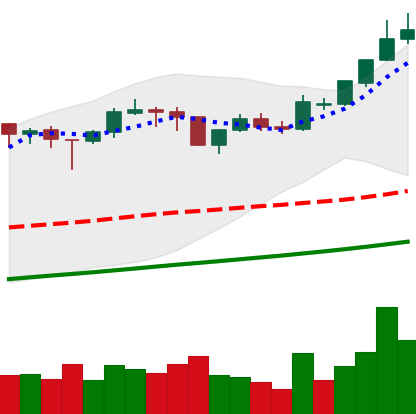
Ticker: BTC-USD
Chart end date: 2017-11-03
Forward return: 3.495%
Label: up_3_5